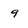
Character: 9